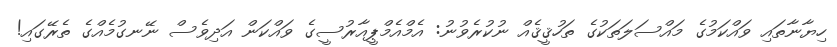
ހިޔާނާތައި ވައްކަމުގެ މައްސަލަތަކުގެ ތަހުޤީޤެއް ނުކުރެވުުނު: އެމްއެމްޕީއާރުސީގެ ވައްކަން އަދިިވެސް ނޭނގުމެއްގެ ތެރޭގައި!